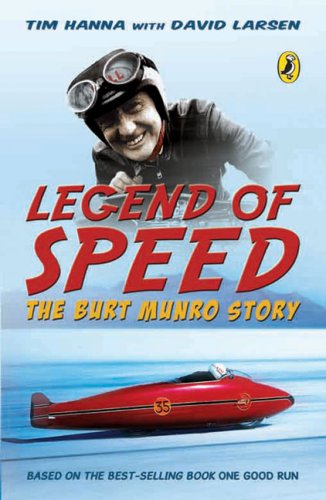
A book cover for Legend of Speed: The Burt Munro Story; Tim Hanna; Children's Books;